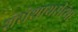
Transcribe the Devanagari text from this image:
शेरोशायरीच्या